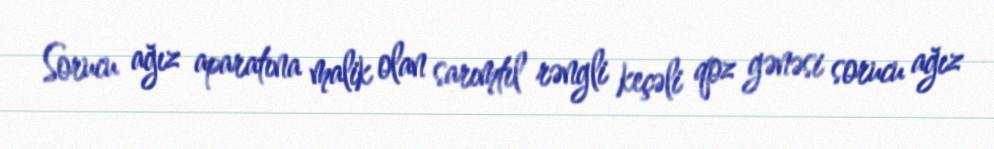
Sorucu ağız aparatına malik olan sarımtıl rəngli keçəli qoz gənəsi sorucu ağız